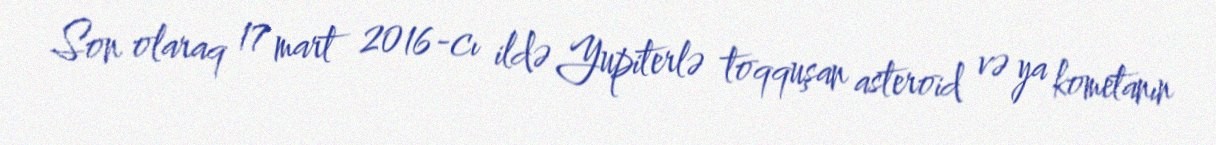
Son olaraq 17 mart 2016-cı ildə Yupiterlə toqquşan asteroid və ya kometanın